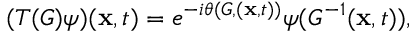
( T ( G ) \psi ) ( { \bf x } , t ) = e ^ { - i \theta ( G , ( { \bf x } , t ) ) } \psi ( G ^ { - 1 } ( { \bf x } , t ) ) ,